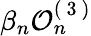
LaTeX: \beta_{n}\mathcal{O}_{n}^{(\mathrm{~3~})}